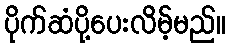
ပိုက်ဆံပို့ပေးလိမ့်မည်။